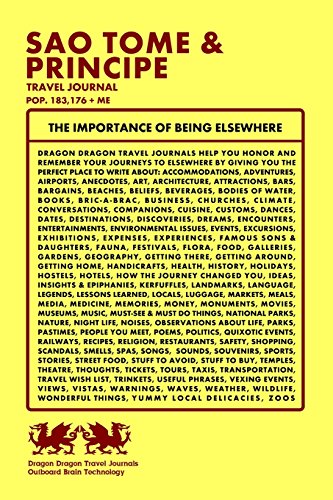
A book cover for Sao Tome & Principe Travel Journal, Pop. 183,176 + Me; Dragon Dragon Travel Journals; Travel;